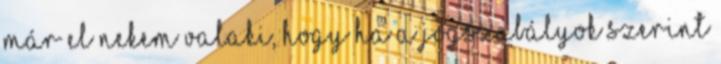
már el nekem valaki, hogy ha a jogszabályok szerint